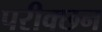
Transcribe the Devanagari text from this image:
परीक्छन